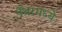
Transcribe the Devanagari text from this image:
पँथरमध्ये